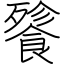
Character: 餮